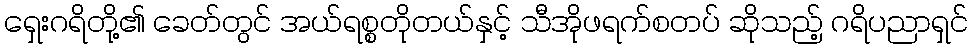
ရှေးဂရိတို့၏ ခေတ်တွင် အယ်ရစ္စတိုတယ်နှင့် သီအိုဖရက်စတပ် ဆိုသည့် ဂရိပညာရှင်